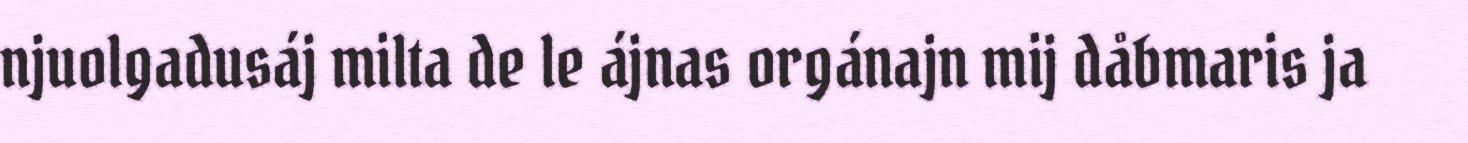
njuolgadusáj milta de le ájnas orgánajn mij dåbmaris ja